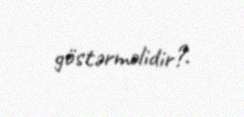
göstərməlidir?.